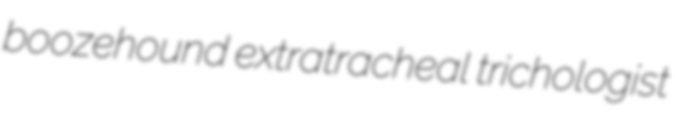
boozehound extratracheal trichologist